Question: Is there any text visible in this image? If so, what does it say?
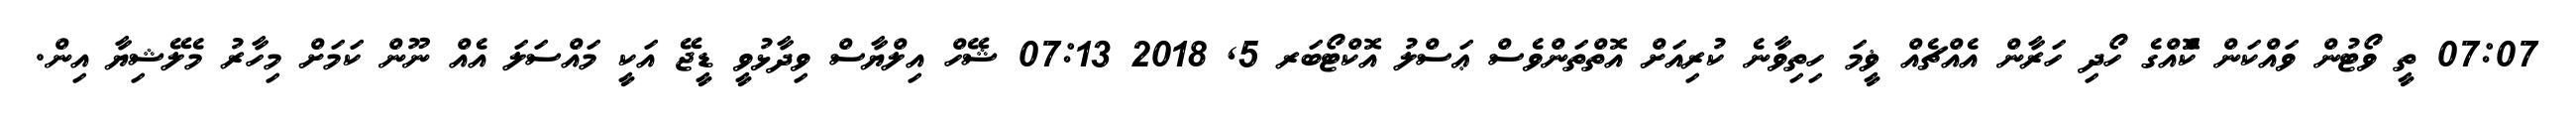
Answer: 07:07 ތީ ވޯޓުން ވައްކަން ކޮްއްގެ ހޯދި ހަރާން އެއްޗެއް ޥީމަ ހިތިވާނެ ކުރިއަށް އޮތްތަންވެސް ޢަސްލު އޮކްޓޯބަރ 5, 2018 07:13 ޝޭހް އިލްޔާސް ވިދާޅުވީ ޑީޖޭ އަކީ މައްސަލަ އެއް ނޫން ކަމަށް މިހާރު މެލޭޝިޔާ އިން.